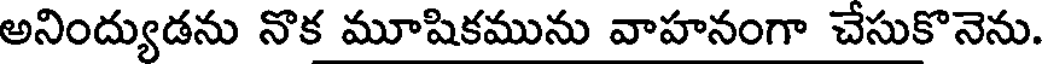
అనింద్యుడను నొక మూషికమును వాహనంగా చేసుకొనెను.